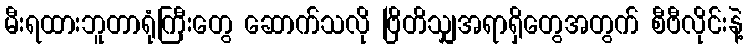
မီးရထားဘူတာရုံကြီးတွေ ဆောက်သလို ဗြိတိသျှအရာရှိတွေအတွက် စီဗီလိုင်းနဲ့